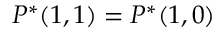
P ^ { * } ( 1 , 1 ) = P ^ { * } ( 1 , 0 )